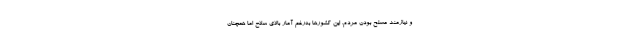
و نیازمند مسلح بودن مردم. این کشورها به‌رغم آمار بالای سلاح اما همچنان